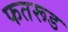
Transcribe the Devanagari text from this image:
फतरूड